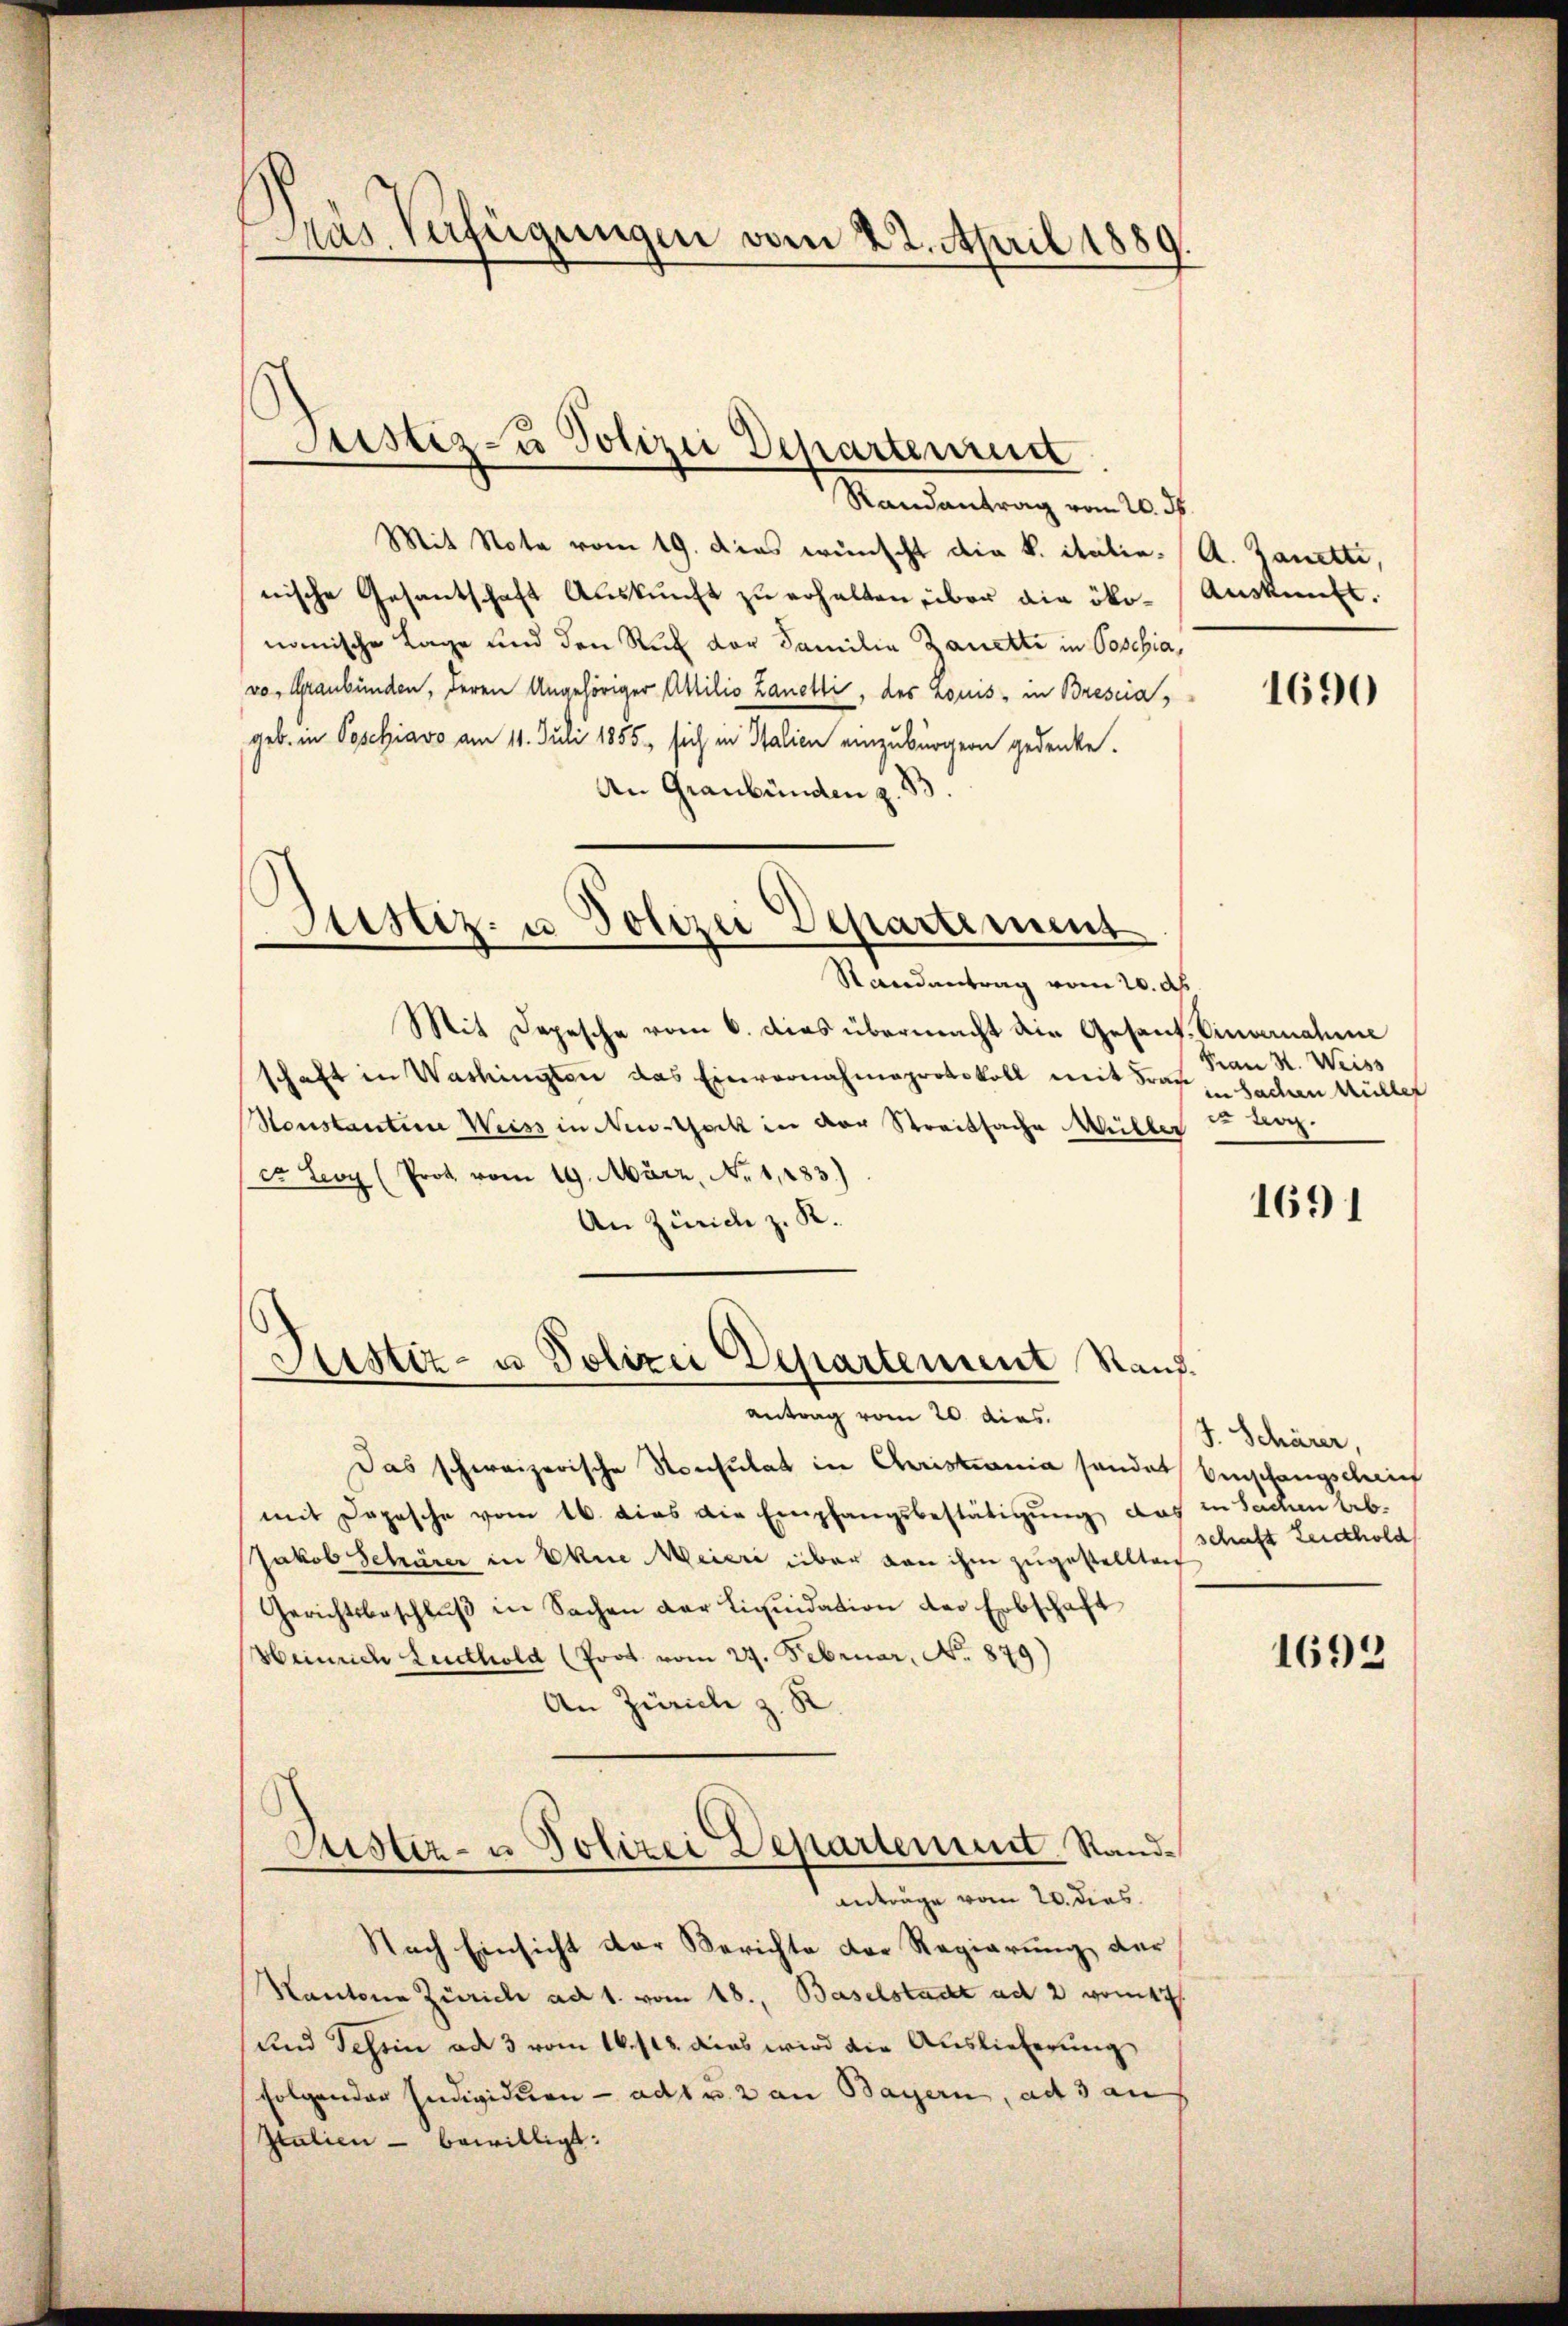
Das Verfügungen vom 22. April 1889.

Randantrag vom 20. d.
Mit Nota vom 19. Dies wünscht die k. italie- (A. Janetti,
nische Gesantschaft Auskunft zu erhalten über die öko-Auskunft.
nomische Lage und den Ruf der Familie Zanetti in Poschia,
vo. Graubünden, deren Angehöriger Attilio Zanetti, des Louis - in Bresciageb. in Poschiavo am 11. Juli 1855, sich in Italien einzubürgern gedenke.
An Graubünden z. B.

Justiz- u Polizei Departement

Justiz- u Polizei Departement
e

Randantrag vom 20. d.
Mit Depesche vom 6. dies übermacht die Gesant. Einvernahme
schaft in Washingten das Einvernahmeprotokoll mit Fragbachen Müller
Honstantion Weiss in New-York in der Streitsache Müller
cr. Leoy (Prot. vom 19. März, No 1283)
An Zürich z. R.

Justiz- u Polizei Departement Rauf.

antrag vom 20. dies.
Das schweizerische Konsulat in Christiania sonder Einschangsgerich
mit Depesche vom 16. dies die Empfangsbestätigung, das in Sachen lebe
Jakob Schärer in Ehne Meieri über von ihm zugestellten
Gerichtsbeschlŭβ in Sachen der Liqŭidation der Erbschaft
Heinrich Ludthold (Prot. vom 27. Februar, No. 879)
An Zürich z. R.
s
Justiz- u Polizei Departement. Randanträge vom 20. dies
Nach Einsicht der Berichte der Regierung der
Kantone Zürich ad 1. vom 18., Baselstadt ad 2 vom 17.
und Tessin ad 3 vom 16. fl. dies wird die Auslieferung
folgender Individuen - adt u. 2 an Bayern, ad 3 an
Italien - bewilligt:

1690

Frau St. Weiss
 Uog.

1691

J. Schärer,
schaft Leidhold

1692